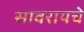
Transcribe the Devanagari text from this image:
सावरायचे